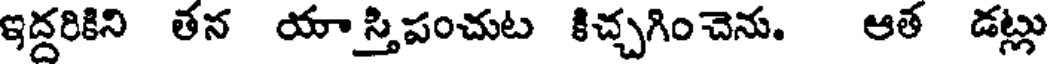
ఇద్దరికిని తన యా స్తిపంచుట కిచ్చగించెను. ఆత డట్లు